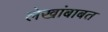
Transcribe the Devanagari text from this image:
लेखांबाबत